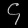
Digit: ၄